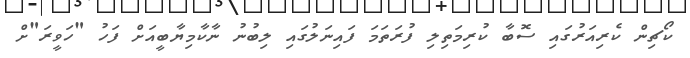
ކޯޗިން ކެރިއަރުގައި ސޮބާ ކުރިމަތިލި ފުރަތަމަ ފައިނަލުގައި ލިބުނު ނާކާމިޔާބީއަށް ފަހު "ހަވީރަ"ށް